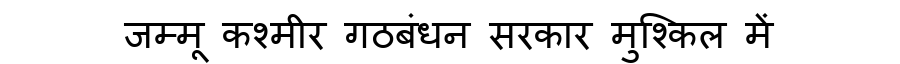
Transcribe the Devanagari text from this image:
जम्मू कश्मीर गठबंधन सरकार मुश्किल में